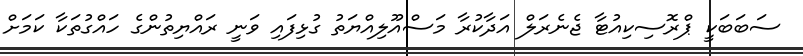
ސަބަބަކީ ޕްރޮސިކިއުޓާ ޖެނެރަލް އަދާކުރާ މަސްއޫލިއްޔަތު ގުޅިފައި ވަނީ ރައްޔިތުންގެ ހައްގުތަކާ ކަމަށް